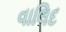
વાલિદ